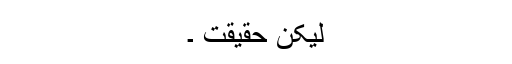
لیکن حقیقت ۔